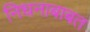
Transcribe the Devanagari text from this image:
निधनाबाबत